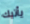
يأتيك